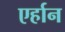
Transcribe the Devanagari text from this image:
एर्हान